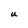
Character: U